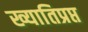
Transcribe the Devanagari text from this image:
ख्यातिप्रप्त